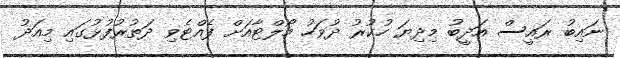
ނައިބު ރައީސް އަދީބު މިދިޔަ ހުކުރު ދުވަހު މޯލްޓާއަށް ފެއްޓެވި ދަތުރުފުޅުގައި މިއަދު